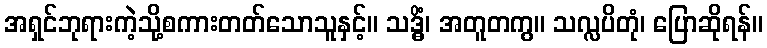
အရှင်ဘုရားကဲ့သို့စကားတတ်သောသူနှင့်။ သဒ္ဓိံ၊ အတူတကွ။ သလ္လပိတုံ၊ ပြောဆိုရန်။